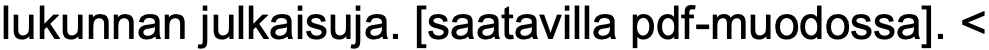
lukunnan julkaisuja. [saatavilla pdf-muodossa]. <